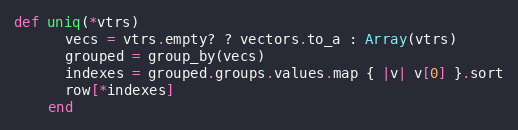
Language: Ruby
def uniq(*vtrs)
      vecs = vtrs.empty? ? vectors.to_a : Array(vtrs)
      grouped = group_by(vecs)
      indexes = grouped.groups.values.map { |v| v[0] }.sort
      row[*indexes]
    end